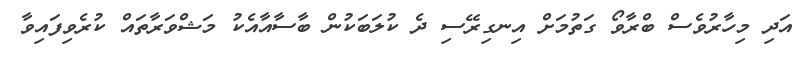
އަދި މިހާރުވެސް ބްރާވޯ ގަތުމަށް އިނގިރޭސި ދެ ކުލަބަކުން ބާސާއާއެކު މަޝްވަރާތައް ކުރެވިފައިވާ